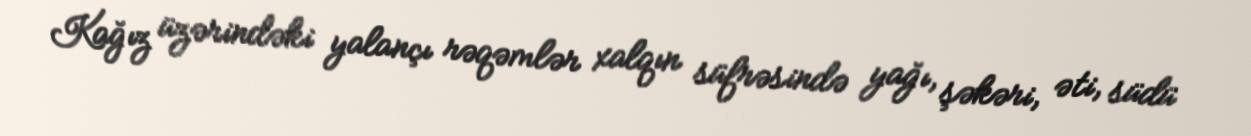
Kağız üzərindəki yalançı rəqəmlər xalqın süfrəsində yağı, şəkəri, əti, südü